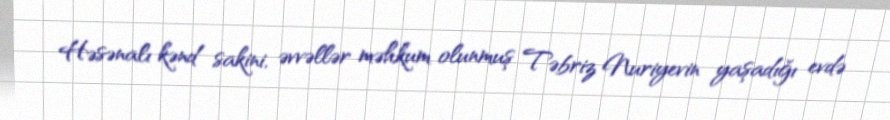
Həsənalı kənd sakini, əvvəllər məhkum olunmuş Təbriz Nuriyevin yaşadığı evdə